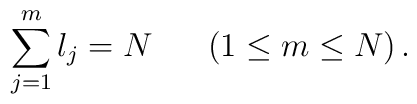
\sum_{j = 1}^m l_j = N \;\;\;\;\;\; (1 \leq m \leq N) \, .